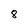
Character: 8